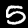
Label: 5